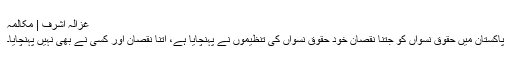
غزالہ اشرف | مکالمہ
پاکستان میں حقوق نسواں کو جتنا نقصان خود حقوق نسواں کی تنظیموں نے پہنچایا ہے، اتنا نقصان اور کسی نے بھی نہیں پہنچایا۔